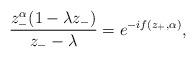
LaTeX: \begin{align*}\frac{z_{-}^{\alpha}(1-\lambda z_{-})}{z_{-}-\lambda}=e^{-if(z_{+},\alpha)},\end{align*}